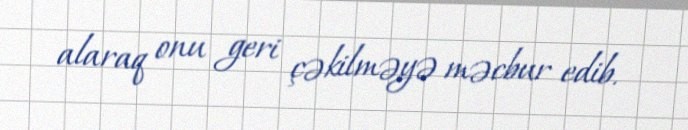
alaraq onu geri çəkilməyə məcbur edib.